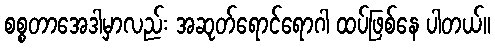
စစ္စတာအေဒါမှာလည်း အဆုတ်ရောင်ရောဂါ ထပ်ဖြစ်နေ ပါတယ်။